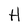
Character: H